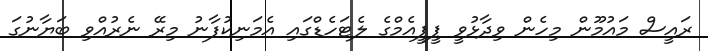
ރައީސް މައުމޫން މިހެން ވިދާޅުވީ ޕީޕީއެމްގެ ލެޓަހެޑްގައި އެމަނިކުފާނު މިރޭ ނެރުއްވި ބަޔާނުގަ